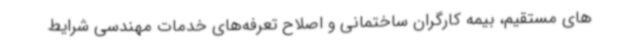
های مستقیم، بیمه کارگران ساختمانی و اصلاح تعرفه‌های خدمات مهندسی شرایط